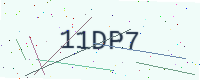
Text: 11DP7